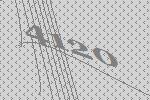
4120